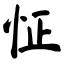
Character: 怔